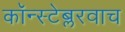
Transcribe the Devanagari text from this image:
कॉन्स्टेब्लरवाच